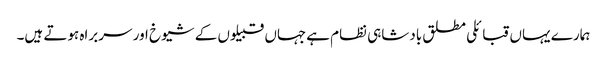
ہمارے یہاں قبائلی مطلق بادشاہی نظام ہےجہاں قبیلوں کے شیوخ اور سربراه ہوتے ہیں۔